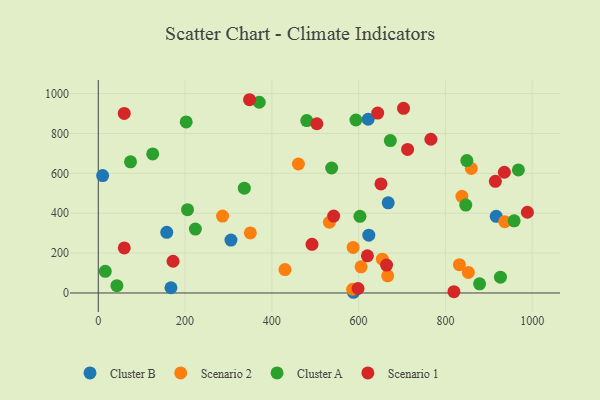
{"axis": {"x": "Experience", "y": "Exam Score"}, "legend": ["Cluster A", "Cluster B", "Scenario 1", "Scenario 2"], "data": [{"x": "588.2", "y": 3.5, "type": "Cluster B"}, {"x": "622.0", "y": 871.3, "type": "Cluster B"}, {"x": "623.5", "y": 289.6, "type": "Cluster B"}, {"x": "10.0", "y": 588.7, "type": "Cluster B"}, {"x": "305.8", "y": 265.3, "type": "Cluster B"}, {"x": "157.8", "y": 304.3, "type": "Cluster B"}, {"x": "167.5", "y": 26.3, "type": "Cluster B"}, {"x": "917.2", "y": 384.2, "type": "Cluster B"}, {"x": "668.2", "y": 451.9, "type": "Cluster B"}, {"x": "936.9", "y": 357.6, "type": "Scenario 2"}, {"x": "586.2", "y": 18.7, "type": "Scenario 2"}, {"x": "667.0", "y": 85.8, "type": "Scenario 2"}, {"x": "350.4", "y": 301.2, "type": "Scenario 2"}, {"x": "852.9", "y": 102.9, "type": "Scenario 2"}, {"x": "838.1", "y": 484.7, "type": "Scenario 2"}, {"x": "461.2", "y": 646.7, "type": "Scenario 2"}, {"x": "832.3", "y": 141.8, "type": "Scenario 2"}, {"x": "587.4", "y": 228.3, "type": "Scenario 2"}, {"x": "532.7", "y": 354.7, "type": "Scenario 2"}, {"x": "859.8", "y": 624.1, "type": "Scenario 2"}, {"x": "605.7", "y": 131.3, "type": "Scenario 2"}, {"x": "430.3", "y": 117.2, "type": "Scenario 2"}, {"x": "286.4", "y": 385.5, "type": "Scenario 2"}, {"x": "654.7", "y": 169.6, "type": "Scenario 2"}, {"x": "205.7", "y": 417.9, "type": "Cluster A"}, {"x": "480.5", "y": 864.4, "type": "Cluster A"}, {"x": "42.9", "y": 36.5, "type": "Cluster A"}, {"x": "878.8", "y": 46.1, "type": "Cluster A"}, {"x": "847.0", "y": 440.8, "type": "Cluster A"}, {"x": "673.1", "y": 764.3, "type": "Cluster A"}, {"x": "849.5", "y": 664.2, "type": "Cluster A"}, {"x": "74.3", "y": 657.5, "type": "Cluster A"}, {"x": "958.5", "y": 361.6, "type": "Cluster A"}, {"x": "336.6", "y": 525.6, "type": "Cluster A"}, {"x": "926.9", "y": 79.2, "type": "Cluster A"}, {"x": "968.3", "y": 617.0, "type": "Cluster A"}, {"x": "537.9", "y": 626.8, "type": "Cluster A"}, {"x": "202.6", "y": 858.0, "type": "Cluster A"}, {"x": "603.1", "y": 384.3, "type": "Cluster A"}, {"x": "16.1", "y": 108.6, "type": "Cluster A"}, {"x": "593.8", "y": 867.3, "type": "Cluster A"}, {"x": "371.0", "y": 956.4, "type": "Cluster A"}, {"x": "125.4", "y": 697.2, "type": "Cluster A"}, {"x": "223.8", "y": 320.3, "type": "Cluster A"}, {"x": "542.5", "y": 385.6, "type": "Scenario 1"}, {"x": "59.9", "y": 225.9, "type": "Scenario 1"}, {"x": "819.7", "y": 6.6, "type": "Scenario 1"}, {"x": "492.6", "y": 243.9, "type": "Scenario 1"}, {"x": "651.5", "y": 546.7, "type": "Scenario 1"}, {"x": "664.4", "y": 139.7, "type": "Scenario 1"}, {"x": "935.9", "y": 605.4, "type": "Scenario 1"}, {"x": "712.9", "y": 719.8, "type": "Scenario 1"}, {"x": "703.5", "y": 926.2, "type": "Scenario 1"}, {"x": "915.2", "y": 559.8, "type": "Scenario 1"}, {"x": "989.0", "y": 404.7, "type": "Scenario 1"}, {"x": "766.6", "y": 771.0, "type": "Scenario 1"}, {"x": "620.3", "y": 186.4, "type": "Scenario 1"}, {"x": "172.3", "y": 159.1, "type": "Scenario 1"}, {"x": "598.7", "y": 22.4, "type": "Scenario 1"}, {"x": "348.6", "y": 969.1, "type": "Scenario 1"}, {"x": "644.0", "y": 902.3, "type": "Scenario 1"}, {"x": "503.8", "y": 848.5, "type": "Scenario 1"}, {"x": "59.8", "y": 900.3, "type": "Scenario 1"}]}